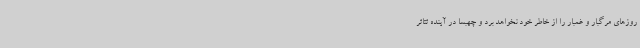
روزهای مرگبار و غمبار را از خاطر خود نخواهد برد و چهبسا در آینده تئاتر